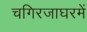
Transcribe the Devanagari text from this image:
चगिरजाघरमें